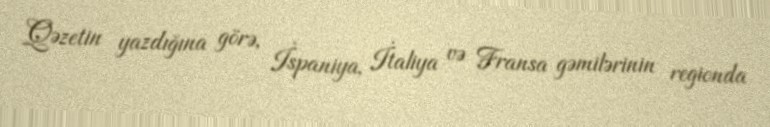
Qəzetin yazdığına görə, İspaniya, İtaliya və Fransa gəmilərinin regionda